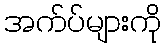
အက်ပ်များကို